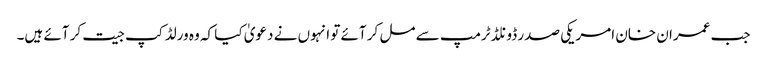
جب عمران خان امریکی صدر ڈونلڈ ٹرمپ سے مل کر آئے تو انہوں نے دعویٰ کیا کہ وہ ورلڈ کپ جیت کر آئے ہیں۔